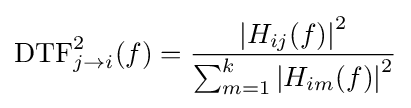
\mathrm {DTF} _{j\rightarrow i}^{2}(f)={\frac {\left|H_{ij}(f)\right|^{2}}{\sum _{m=1}^{k}\left|H_{im}(f)\right|^{2}}}